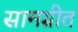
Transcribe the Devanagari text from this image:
सामग्रीत